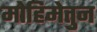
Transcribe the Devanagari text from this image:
मोहिमेतुन